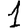
Digit: 1